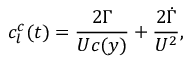
c _ { l } ^ { c } ( t ) = \frac { 2 \Gamma } { U c ( y ) } + \frac { 2 \dot { \Gamma } } { U ^ { 2 } } ,